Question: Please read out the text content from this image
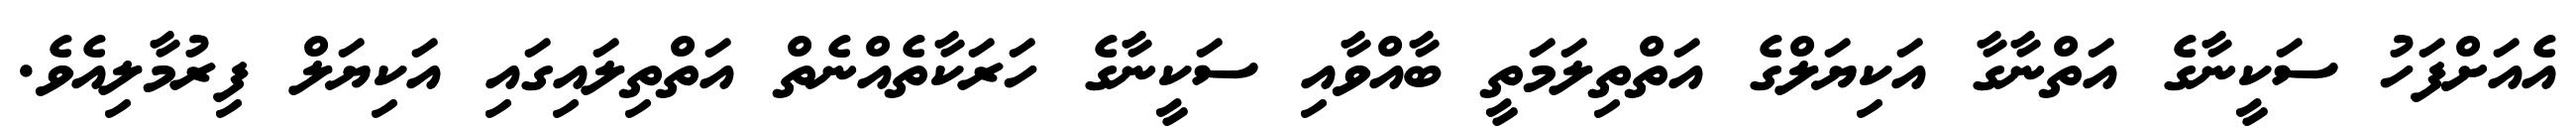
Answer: އެއަށްފަހު ސަކީނާގެ އަތްނާގާ އަކިޔަލްގެ އަތްތިލަމަތީ ބާއްވާއި ސަކީނާގެ ހަރަކާތެއްނެތް އަތްތިލައިގައި އަކިޔަލް ފިރުމާލިއެވެ.